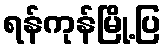
ရန်ကုန်မြို့ပြ